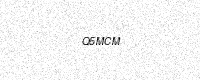
Text: Q5MCM